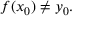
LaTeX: f ( x _ { 0 } ) \neq y _ { 0 } .